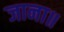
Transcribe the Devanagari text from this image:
जाना॥